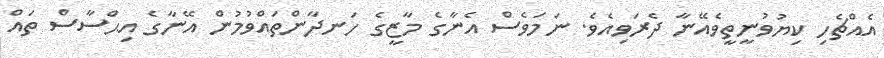
އެއްޗެހި ކިޔުވުނީތީވެއޭނާ ދެރަވިއެވެ. ނަމަވެސް އެނާގެ މާޒީގެ ހަނދާންތައްވުމުން އޭނާގެ އިޙްސާސް ތައް